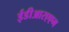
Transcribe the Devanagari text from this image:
ईडीआरएएम